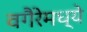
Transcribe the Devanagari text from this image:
वगैरेमध्ये